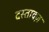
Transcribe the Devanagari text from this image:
दस्तावज़